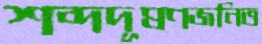
শব্দদূষণজনিত